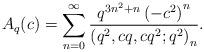
LaTeX: \begin{align*}A_{q}(c)=\sum_{n=0}^{\infty}\frac{q^{3n^{2}+n}\left(-c^{2}\right)^{n}}{\left(q^{2},cq,cq^{2};q^{2}\right)_{n}}.\end{align*}